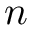
n